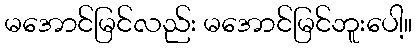
မအောင်မြင်လည်း မအောင်မြင်ဘူးပေါ့။